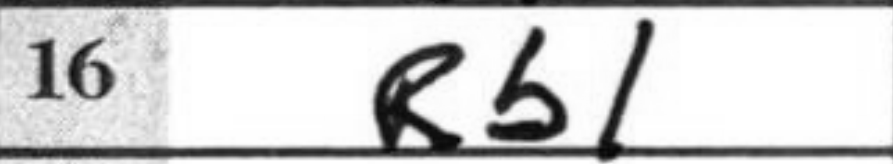
Transcription: Rb1